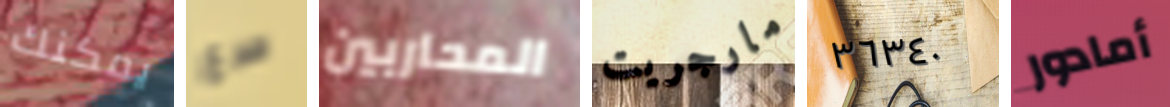
يمكنك صرع المحاربين مارجريت ٣٦٣٤٠ أمادور